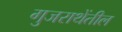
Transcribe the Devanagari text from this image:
गुजराथेंतील